Vital statistics of India. Vol. V, Reports of 1876 on armies & jails and on epidemic cholera
Year: 1876
Disease focus: Cholera
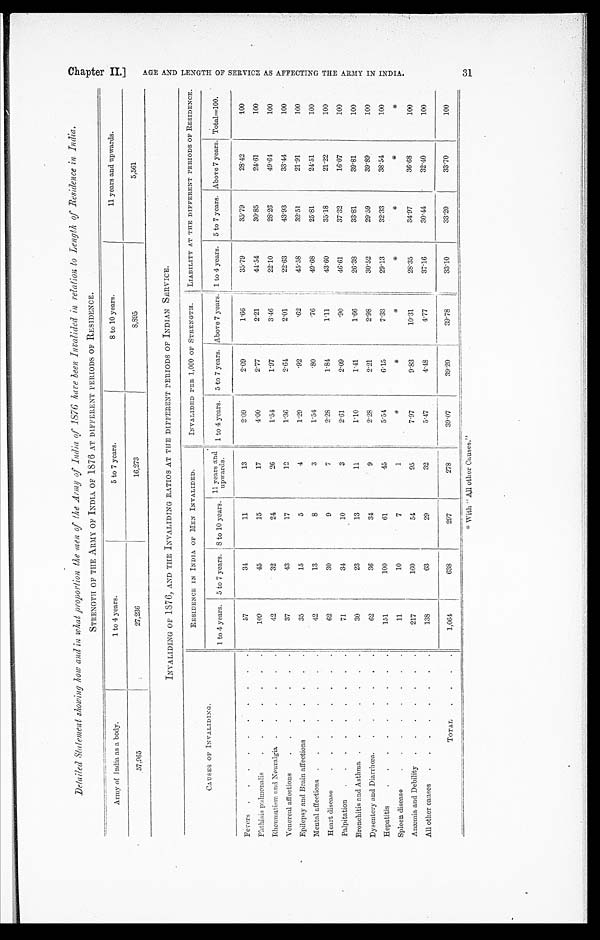
Detailed Statement showing how and in what proportion the men of the Army of India of 1876 have been Invalided in relation to Length of Residence in India.
STRENGTH OF THE ARMY OF INDIA OF 1876 AT DIFFERENT PERIODS OF RESIDENCE.
Army of India as a body.
1 to 4 years.
5 to 7 years.
8 to 10 years.
11 years and upwards.
57,965
27,236
16,273
8,895
5,561
INVALIDING OF 1876, AND THE INVALIDING RATIOS AT THE DIFFERENT PERIODS OF INDIAN SERVICE.
CAUSES OF INVALIDING.
RESIDENCE IN INDIA OF MEN INVALIDED.
INVALIDED PER 1,000 OF STRENGTH.
LIABILITY AT THE DIFFERENT PERIODS OF RESIDENCE.
1 to 4 years. 5 to 7 years. 8 to 10 years 11 years and upwards.
1 t o 4 y e a r s . 5 to 7 years. Above 7 years. 1 to 4 years. 5 to 7 years. Above 7 years. Total=100.
Fevers . . .
57
3 4
11
13
2.09
2.09
1.66
35.79
35.79
28.42
100
Phthisis pulmonalis
. . .
109
45
15
17
4.00
2.77
2.21
44.54
30.85
24.61
100
Rheumatism and Neuralgia . . .
42
32
24
26
1.54
1.97
3.46
22.10
28.26
49.64
100
Venereal affections
. . .
37
43
17
12
1.36
2.64
2 . 0 1
22.63
43.93
33.44
100
Epilepsy and Brain affections
. . .
35
15
5
4
1.29
. 9 2
.62
45.58
32.51
21.91
100
Mental affections . . .
42
13
8
3
1.54
.80
.76
49.68
25.81
24.51
100
H e a r t d i s e a s e . . .
62
30
9
7
2.28
1.84
1.11
43.60
35.18
21.22
100
Palpitation
. . .
71
34
10
3
2.61
2.09
.90
46.61
37.32
16.07
100
Bronchitis end Asthma . . .
30
23
13
11
1.10
1.41
1.66
26.38
33.81
39.81
100
Dysentery and Diarrhœa . . .
62
36
34
9
2.28
2.21
2.98
30.52
29.59
39.89
100
Hepatitis
. . .
151
100
61
45
5.54
6.15
7.33
29.13
32.33
38.54
100
Spleen disease
. . .
11
10
7
1
*
*
*
*
*
*
*
Anæmia and Debility . . .
217
160
54
95
7.97
9.83
10.31
28.35
34.97
36.68
100
All other causes
. . .
1 3 8
63
29
32
5.47
4.48
4.77
37.16
30.44
32.40
100
TOTAL
. . .
1,064
638
297
278
39.07
39.20
39.78
33.10
33.20
33.70
100
With "All other Causes."
C h a p t e r I I . ] A G E A N D L E N G T H O F S E R V I C E A S A F F E C T I N G
T H E A R M Y I N I N D I A . 3 1